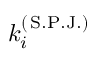
k _ { i } ^ { ( \, \mathrm { S . P . J . } ) }